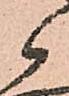
候